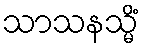
သာသနသ္မိံ